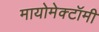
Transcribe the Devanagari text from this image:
मायोमेक्टॉमी